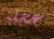
عجلة